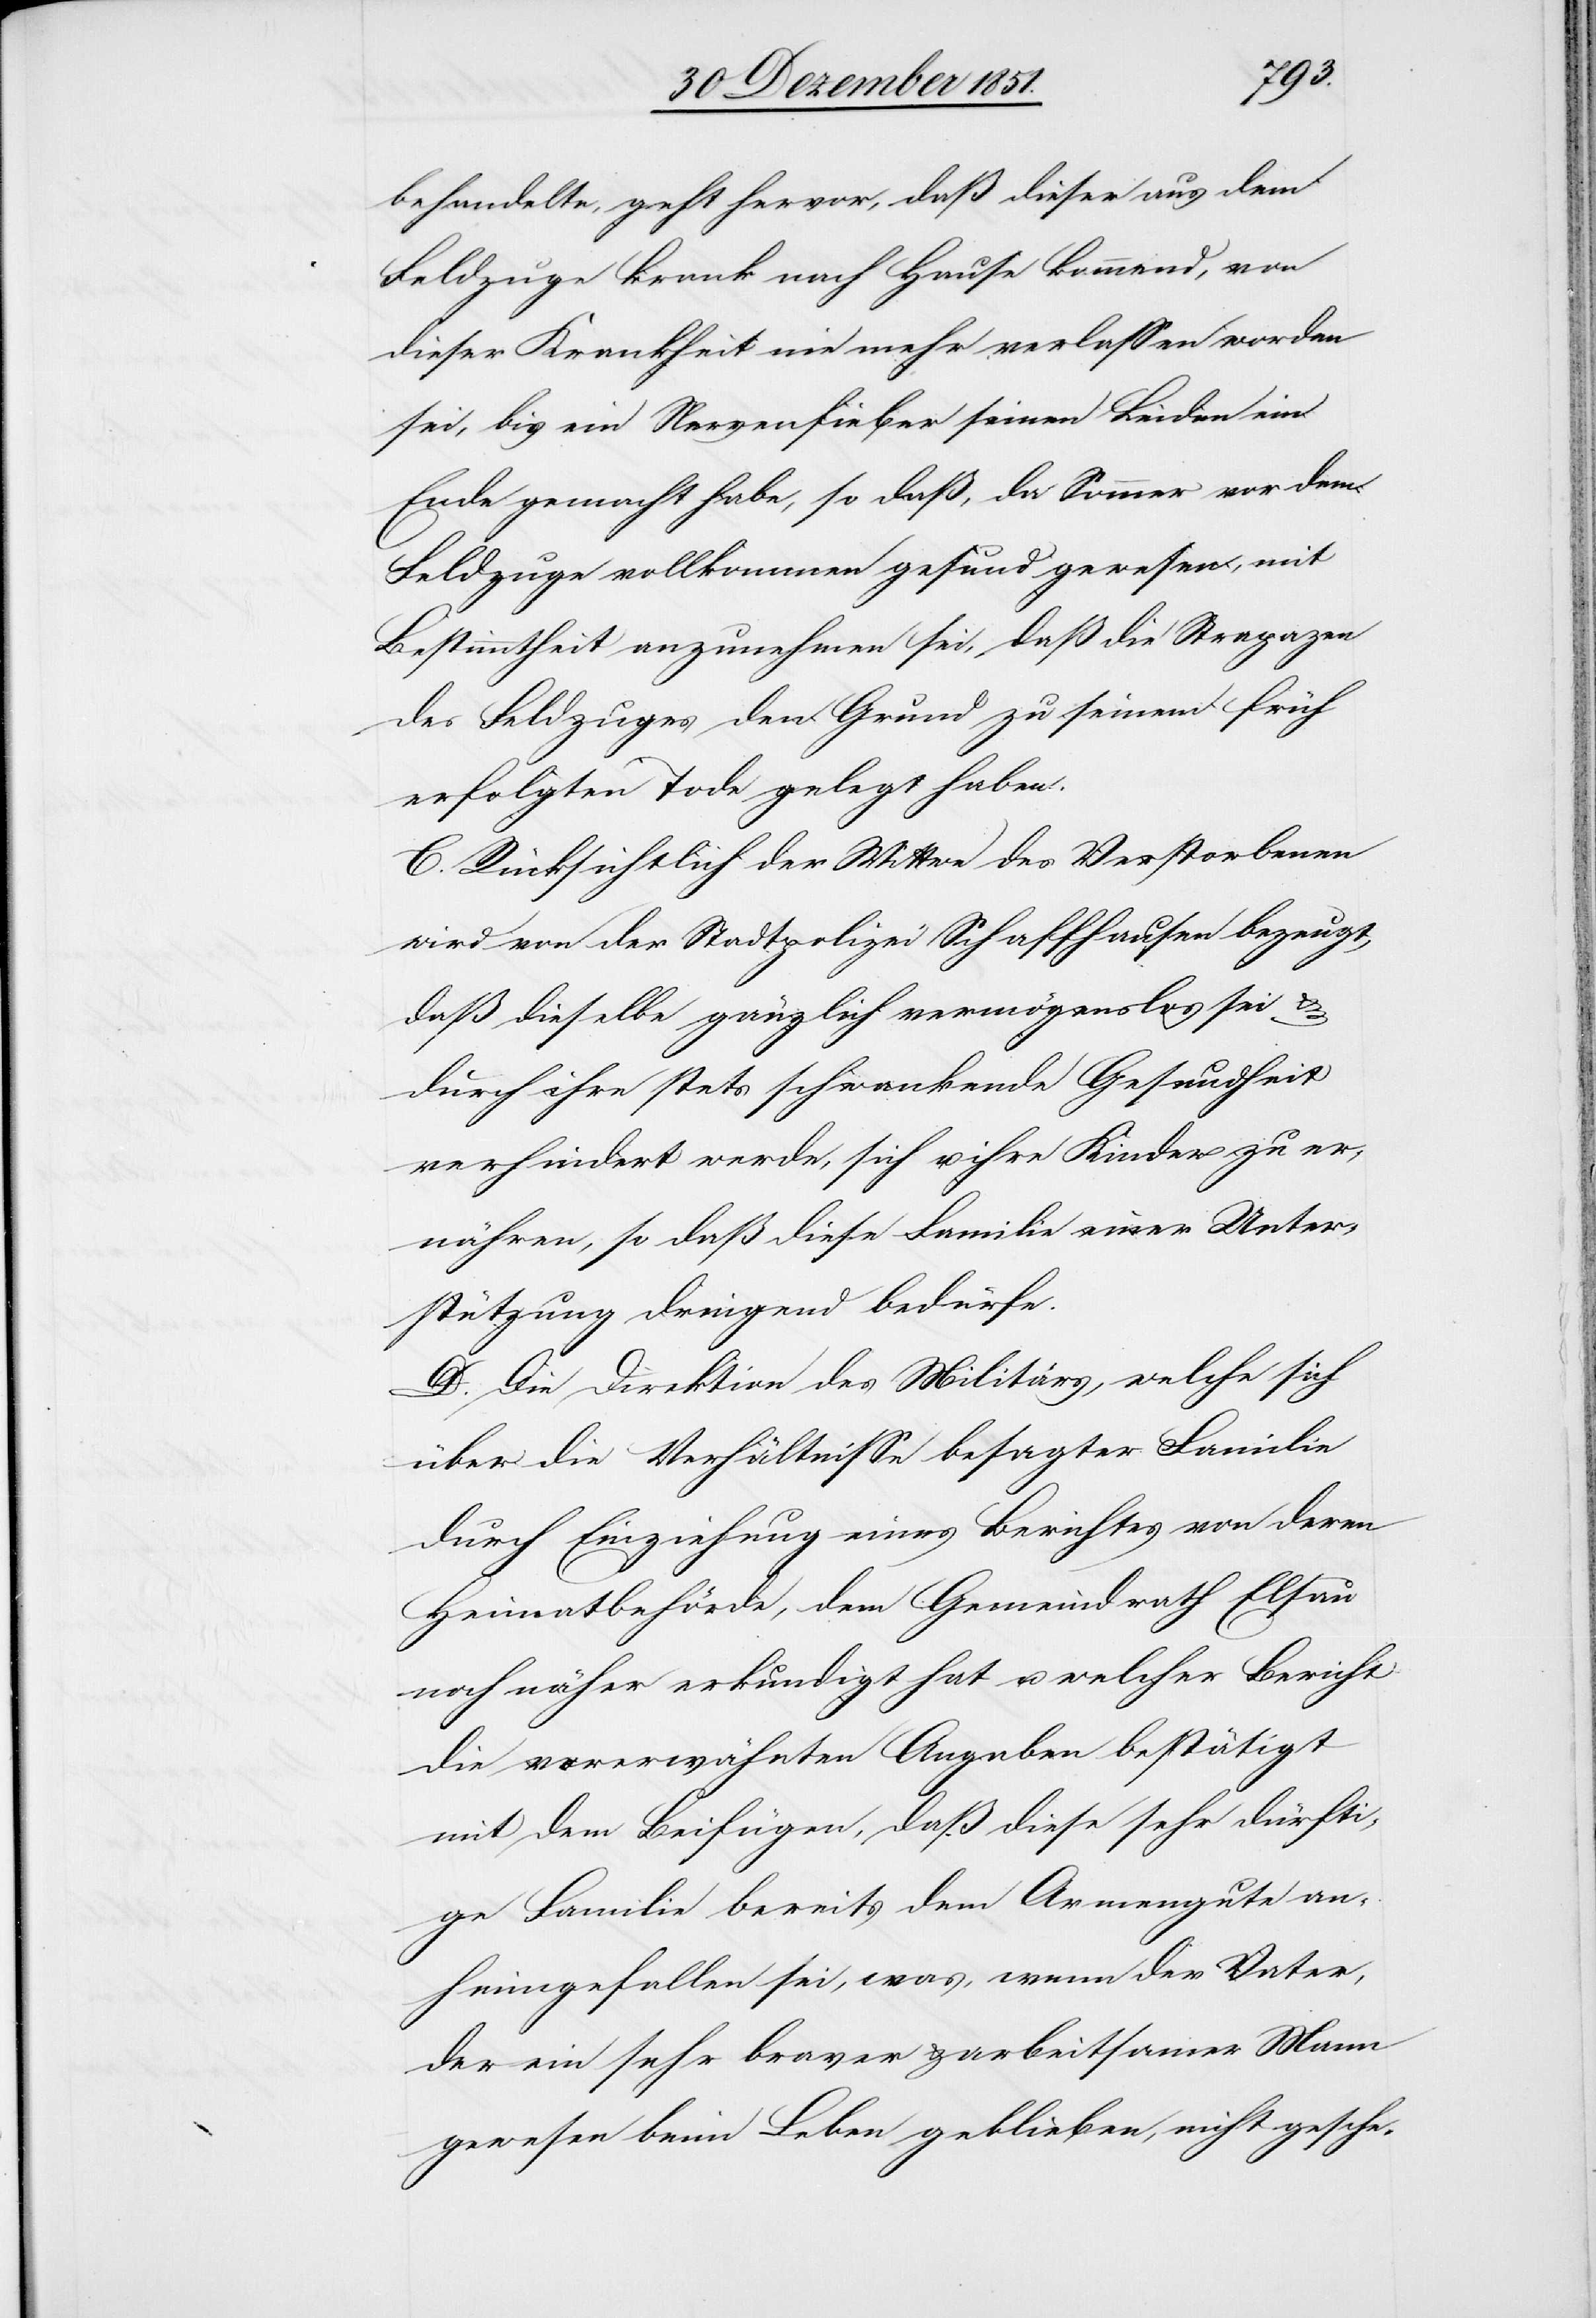
behandelte, geht hervor, daß dieser aus dem
Feldzuge krank nach Hause kommend, von
dieser Krankheit nie mehr verlassen worden
sei, bis ein Nervenfieber seinen Leiden ein
Ende gemacht habe, so daß, da Sommer vor dem
Feldzuge vollkommen gesund gewesen, mit
Bestimmtheit anzunehmen sei, daß die Strapazen
des Feldzuges den Grund zu seinem früh
erfolgten Tode gelegt haben.
C. Rücksichtlich der Wittwe des Verstorbenen
wird von der Stadtpolizei Schaffhausen bezeugt,
daß dieselbe gänzlich vermögenslos sei &
durch ihre stets schwankende Gesundheit
verhindert werde, sich u. ihre Kinder zu er¬
nähren, so daß diese Familie einer Unter¬
stützung dringend bedürfe.
D. Die Direktion des Militärs, welche sich
über die Verhältnisse besagter Familie
durch Einziehung eines Berichtes von deren
Heimatbehörde, dem Gemeindrath Elsau
noch näher erkundigt hat u. welcher Bericht
die vorerwähnten Angaben bestätigt
mit dem Beifügen, daß diese sehr dürfti¬
ge Familie bereits dem Armengute an¬
heimgefallen sei, was, wenn der Vater,
der ein sehr braver & arbeitsamer Mann
gewesen beim Leben geblieben, nicht gesche-